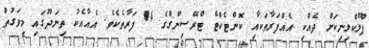
ފްލޫކްލިނިކަށް ދެއްކި އެއްފަރާތަކާއި ކޮންޓެކްޓް ޓްރޭސިންގްގެ 14 ފަރާތެކެވެ. އެއާއެކު ތިނަދޫގައި މިވަގުތު